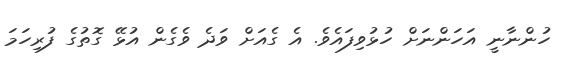
ހުންނާނީ އަހަންނަށް ހުޅުވިފައެވެ. އެ ގެއަށް ވަދެ ވެގެން އުޅޭ ގޮތުގެ ފުރިހަމަ